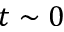
t \sim 0